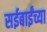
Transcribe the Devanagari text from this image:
सईबाईंच्या